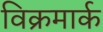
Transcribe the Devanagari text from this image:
विक्रमार्क